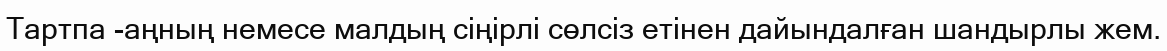
Тартпа -аңның немесе малдың сіңірлі сөлсіз етінен дайындалған шандырлы жем.